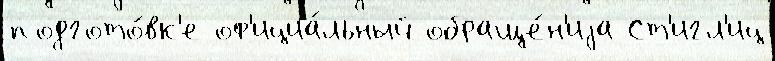
подгото́вк'е оф'ициа́льный обраще́н'иjа Ст'игл'иц